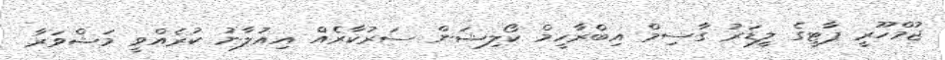
ޖުމްހޫރީ ޕާޓީގެ ލީޑަރު ގާސިމް އިބްރާހީމް ކޯލިޝަން ސަރުކާރެއް އިއުލާނު ކުރެއްވީ މަޝްވަރާ